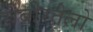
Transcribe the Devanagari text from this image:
रोबोरतेलो